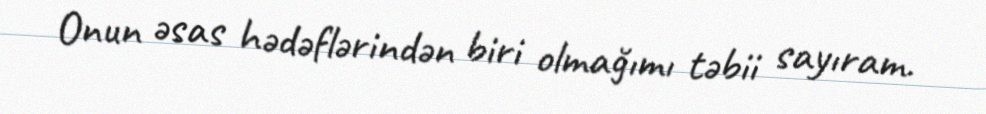
Onun əsas hədəflərindən biri olmağımı təbii sayıram.